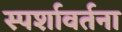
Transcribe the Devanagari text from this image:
स्पर्शावर्तना